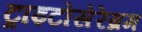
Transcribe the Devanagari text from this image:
ट्राइटोसेरेब्रम